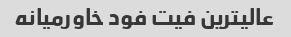
عالیترین فیت فود خاورمیانه